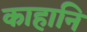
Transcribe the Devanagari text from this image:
काहानि